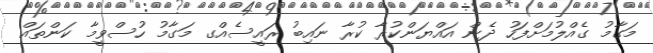
މަގާމު ގެއްލުމަށްފަހު ދެން އައްޔަންކުރާ ކުރާ ނައިބު ރައީސެއްގ މަގާމު ހުސްވީމާ ކަންތައް